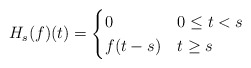
\begin{align*}H_s(f)(t) &=\begin{cases}0 & 0\leq t<s \\f(t-s) & t\geq s\end{cases}\end{align*}